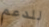
للدعم